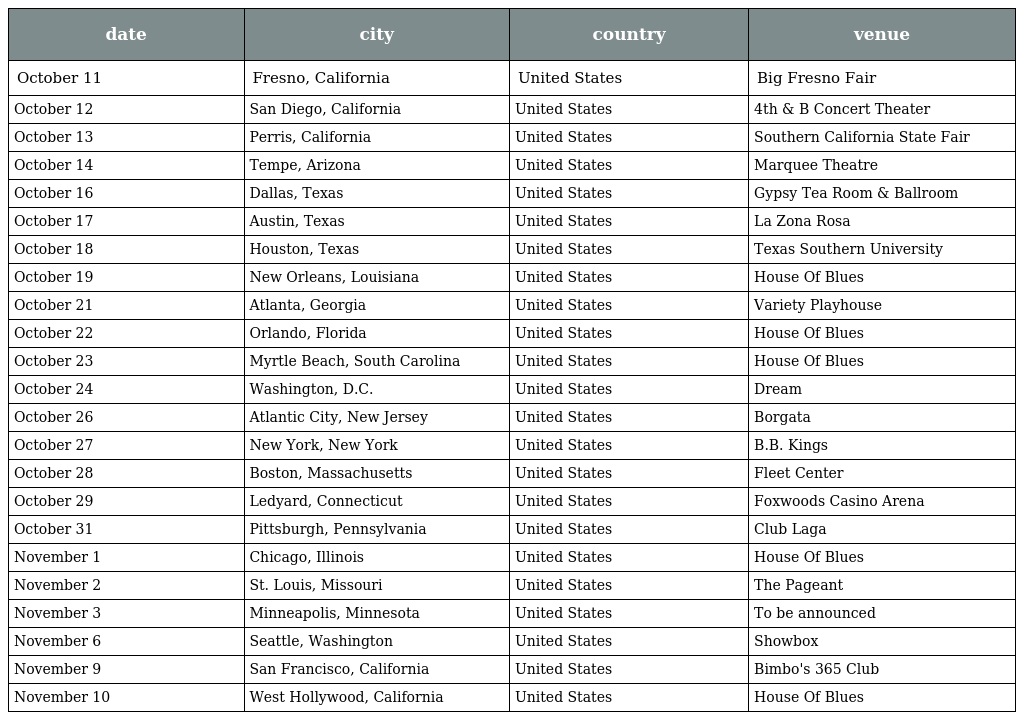
| date | city | country | venue |
 | --- | --- | --- | --- |
 | October 11 | Fresno, California | United States | Big Fresno Fair |
 | October 12 | San Diego, California | United States | 4th & B Concert Theater |
 | October 13 | Perris, California | United States | Southern California State Fair |
 | October 14 | Tempe, Arizona | United States | Marquee Theatre |
 | October 16 | Dallas, Texas | United States | Gypsy Tea Room & Ballroom |
 | October 17 | Austin, Texas | United States | La Zona Rosa |
 | October 18 | Houston, Texas | United States | Texas Southern University |
 | October 19 | New Orleans, Louisiana | United States | House Of Blues |
 | October 21 | Atlanta, Georgia | United States | Variety Playhouse |
 | October 22 | Orlando, Florida | United States | House Of Blues |
 | October 23 | Myrtle Beach, South Carolina | United States | House Of Blues |
 | October 24 | Washington, D.C. | United States | Dream |
 | October 26 | Atlantic City, New Jersey | United States | Borgata |
 | October 27 | New York, New York | United States | B.B. Kings |
 | October 28 | Boston, Massachusetts | United States | Fleet Center |
 | October 29 | Ledyard, Connecticut | United States | Foxwoods Casino Arena |
 | October 31 | Pittsburgh, Pennsylvania | United States | Club Laga |
 | November 1 | Chicago, Illinois | United States | House Of Blues |
 | November 2 | St. Louis, Missouri | United States | The Pageant |
 | November 3 | Minneapolis, Minnesota | United States | To be announced |
 | November 6 | Seattle, Washington | United States | Showbox |
 | November 9 | San Francisco, California | United States | Bimbo's 365 Club |
 | November 10 | West Hollywood, California | United States | House Of Blues |